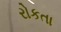
રોકતા